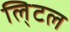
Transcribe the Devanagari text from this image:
लि्टल